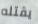
يقتله